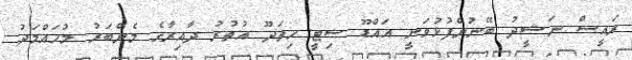
ރައީސް ނަޝީދު ބޭނުންފުޅުވަނީ އައްޑޫ ސިޓީ ހިތަދޫ އުތުރު ދާއިރާގެ މެންބަރު މުހައްމަދު